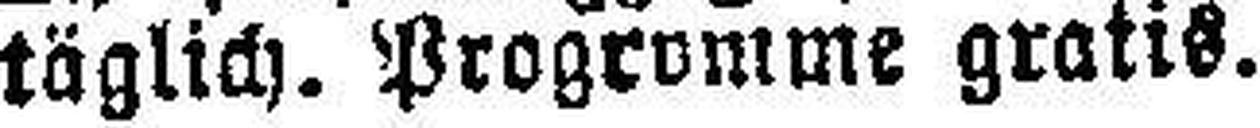
täglich. Programme gratis.